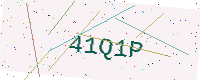
Text: 41Q1P